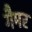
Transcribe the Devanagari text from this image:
गैमर